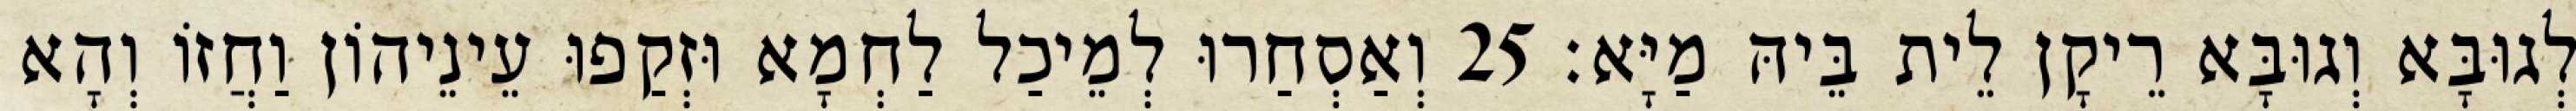
לְגוּבָּא וְגוּבָּא רֵיקָן לֵית בֵּיהּ מַיָּא׃ 25 וְאַסְחַרוּ לְמֵיכַל לַחְמָא וּזְקַפוּ עֵינֵיהוֹן וַחֲזוֹ וְהָא